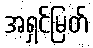
အရှင်မြတ်